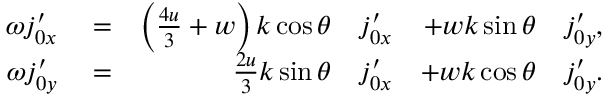
\begin{array} { r l r l r l } { \omega \ensuremath { j _ { 0 x } ^ { \prime } } } & { { } = } & { \left( \frac { 4 u } { 3 } + w \right) k \cos \theta } & { { } \ensuremath { j _ { 0 x } ^ { \prime } } } & { + w k \sin \theta } & { { } \ensuremath { j _ { 0 y } ^ { \prime } } , } \\ { \omega \ensuremath { j _ { 0 y } ^ { \prime } } } & { { } = } & { \frac { 2 u } { 3 } k \sin \theta } & { { } \ensuremath { j _ { 0 x } ^ { \prime } } } & { + w k \cos \theta } & { { } \ensuremath { j _ { 0 y } ^ { \prime } } . } \end{array}